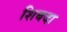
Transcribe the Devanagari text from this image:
शिबदा